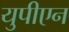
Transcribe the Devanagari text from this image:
युपीएन